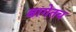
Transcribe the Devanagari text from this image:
बागेतच